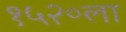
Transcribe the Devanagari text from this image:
१५२०ला